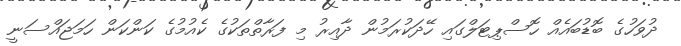
ދުވަހުގެ ބޮޑުބައެއް ހޮސްޕިޓަލްގައި ހޭދަކުރަމުން ދާއިރު މި ފަރާތްތަކުގެ ކެއުމުގެ ކަންކަން ހަމަޖައްސަނީ